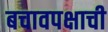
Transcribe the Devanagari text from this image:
बचावपक्षाची